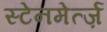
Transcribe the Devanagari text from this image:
स्टेनमेर्त्ज़